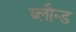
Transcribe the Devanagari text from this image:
ब्लौन्ड